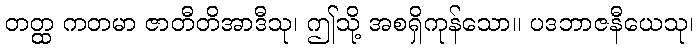
တတ္ထ ကတမာ ဇာတီတိအာဒီသု၊ ဤသို့ အစရှိကုန်သော။ ပဒဘာဇနီယေသု၊